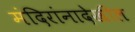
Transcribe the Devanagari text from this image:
मंदिरांनादेखील